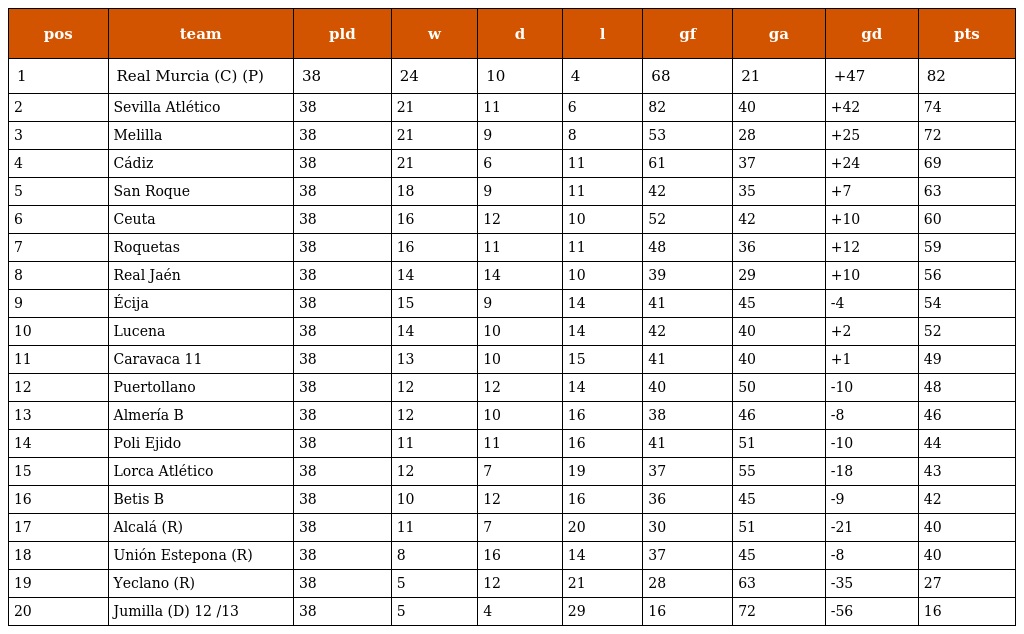
| pos | team | pld | w | d | l | gf | ga | gd | pts |
 | --- | --- | --- | --- | --- | --- | --- | --- | --- | --- |
 | 1 | Real Murcia (C) (P) | 38 | 24 | 10 | 4 | 68 | 21 | +47 | 82 |
 | 2 | Sevilla Atlético | 38 | 21 | 11 | 6 | 82 | 40 | +42 | 74 |
 | 3 | Melilla | 38 | 21 | 9 | 8 | 53 | 28 | +25 | 72 |
 | 4 | Cádiz | 38 | 21 | 6 | 11 | 61 | 37 | +24 | 69 |
 | 5 | San Roque | 38 | 18 | 9 | 11 | 42 | 35 | +7 | 63 |
 | 6 | Ceuta | 38 | 16 | 12 | 10 | 52 | 42 | +10 | 60 |
 | 7 | Roquetas | 38 | 16 | 11 | 11 | 48 | 36 | +12 | 59 |
 | 8 | Real Jaén | 38 | 14 | 14 | 10 | 39 | 29 | +10 | 56 |
 | 9 | Écija | 38 | 15 | 9 | 14 | 41 | 45 | -4 | 54 |
 | 10 | Lucena | 38 | 14 | 10 | 14 | 42 | 40 | +2 | 52 |
 | 11 | Caravaca 11 | 38 | 13 | 10 | 15 | 41 | 40 | +1 | 49 |
 | 12 | Puertollano | 38 | 12 | 12 | 14 | 40 | 50 | -10 | 48 |
 | 13 | Almería B | 38 | 12 | 10 | 16 | 38 | 46 | -8 | 46 |
 | 14 | Poli Ejido | 38 | 11 | 11 | 16 | 41 | 51 | -10 | 44 |
 | 15 | Lorca Atlético | 38 | 12 | 7 | 19 | 37 | 55 | -18 | 43 |
 | 16 | Betis B | 38 | 10 | 12 | 16 | 36 | 45 | -9 | 42 |
 | 17 | Alcalá (R) | 38 | 11 | 7 | 20 | 30 | 51 | -21 | 40 |
 | 18 | Unión Estepona (R) | 38 | 8 | 16 | 14 | 37 | 45 | -8 | 40 |
 | 19 | Yeclano (R) | 38 | 5 | 12 | 21 | 28 | 63 | -35 | 27 |
 | 20 | Jumilla (D) 12 /13 | 38 | 5 | 4 | 29 | 16 | 72 | -56 | 16 |